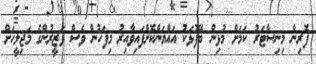
ފޮރިން މިނިސްޓަރު ކަމަށް މުޅިން ބޭފުޅަކު އައްޔަންކޮށްފައިވާއިރު މިފަހުން ވެސް ވަޒީރުންގެ މަޖިލީހަށް